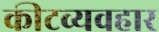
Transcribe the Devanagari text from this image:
कीटव्यवहार